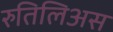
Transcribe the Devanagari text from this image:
रुतिलिअस